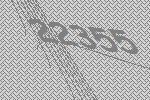
22355